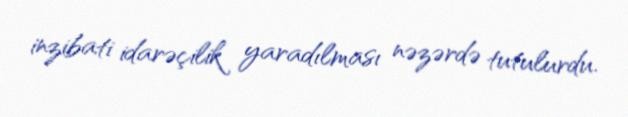
inzibati idarəçilik yaradılması nəzərdə tutulurdu.